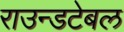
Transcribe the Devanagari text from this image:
राउन्डटेबल